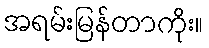
အရမ်းမြန်တာကိုး။